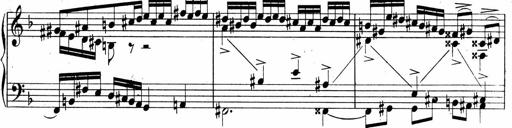
Title: Sonatina No.5
Composer: Otto Stoll
Key: F-sharp minor